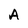
Character: A